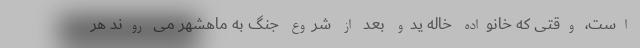
است، وقتی که خانواده خاله یدو بعد از شروع جنگ به ماهشهر می روند هر